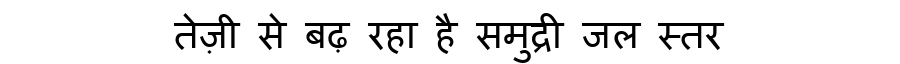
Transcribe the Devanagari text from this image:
तेज़ी से बढ़ रहा है समुद्री जल स्तर